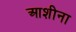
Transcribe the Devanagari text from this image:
आशीना